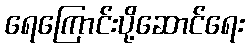
ရေကြောင်းပို့ဆောင်ရေး